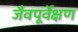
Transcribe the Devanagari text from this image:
जैवपूर्वेक्षण